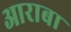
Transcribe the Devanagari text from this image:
आराबा